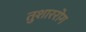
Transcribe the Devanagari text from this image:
तुशाररोग